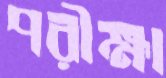
পরীক্ষা